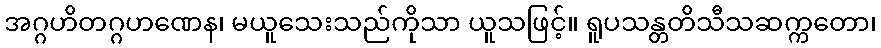
အဂ္ဂဟိတဂ္ဂဟဏေန၊ မယူသေးသည်ကိုသာ ယူသဖြင့်။ ရူပသန္တတိသီသဆက္ကတော၊